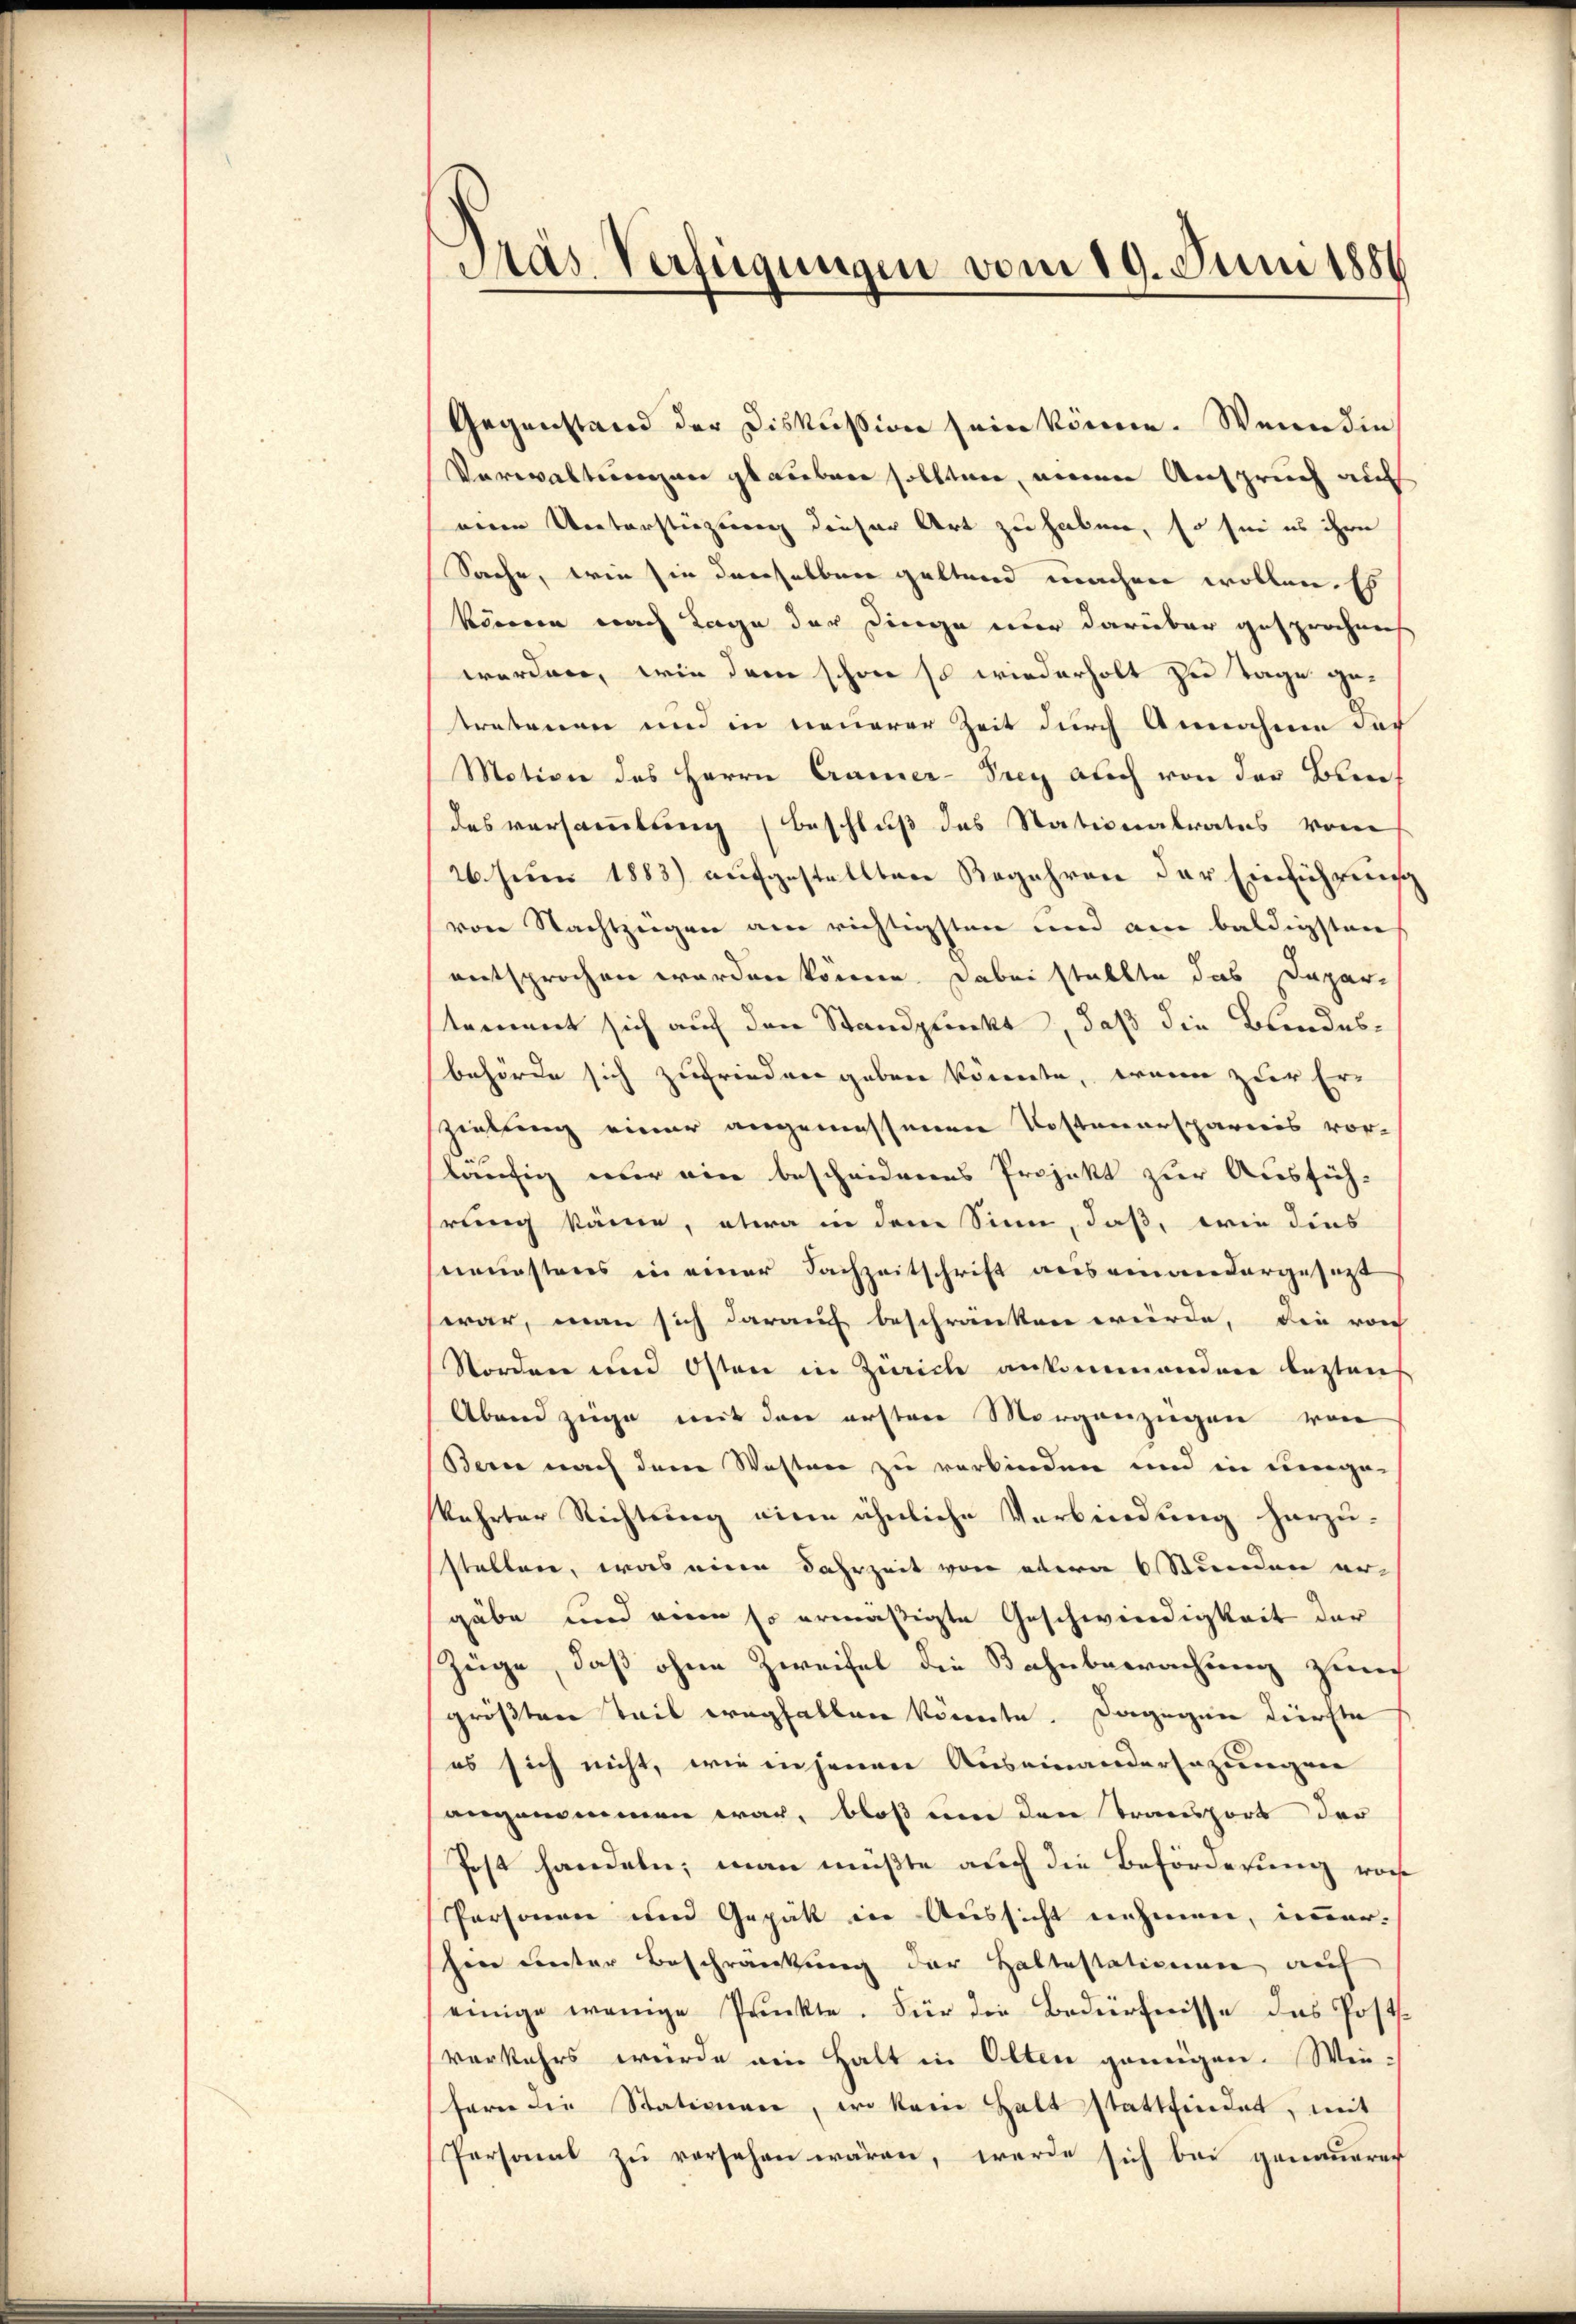
Pas Verfügungen vom 19. Juni 1886

Gegenstand der Diskussion sein könne. Wenn die
Verwaltungen glauben sollten, einen Anspruch auf
eien Unterstieglung dieser Art zu haben, so sei es ihre
Sache, wie sie derselben geltend machen wollen. Es
können nach Lage der Dinge nur darüber gesprochens
werden, wie dem schon so wiederholt zu Tage ge-
tretenen und in neuerer Zeit durch Annahme dar
Motiven des Herrn Camer-Prey auch von der Bundesversammlung (Beschluß des Stationalrates von
26. Juni 1883) aufgestellten Begehren der Einführung
von Nachtzeigen am richtigsten und am baldigsten
entsprochen worden können. Dabei stellte das Dapartement sich auf den Standplückt, daß die Bundes-
behörde sich zufrieden geben könnte, wann zur Er-
zielung einer angemessenen Kostenerspareis vor-
läufig nur ein bescheidenes Projekt zur Ausfüh-
rung käme, etwa in dem Sinn, daß, wie dies
neuestens in einer Sachzeitschrift auseinandergesagt
war, man sich darauf beschränken würde, die von
Norden und Osten in Zürich ankommenden lezten
Abend züge mit den ersten Morgenzügen von
Berne nach dem Wasten zu verbinden und in umge-
kehrter Richtung eine ähnliche Verbindung herzu-
stellen, was eine Jahrzeit von etwa 6 Stunden er-
gäbe und eine so ermäßigte Geschwindigkeit der
Züge, daß ohne Zweifel die Bahnbewachung zum
größten Teil wegfallen könnte. Dagegen derste
es sich nicht, wie in jenen Auseinandersezungen
angenommen war, bloß um den Transport der
Post handeln; man müßte auch die Beförderung vor
Personen und Gepät in Aussicht nehmen, immer-
hin unter Beschränkung der Haltestationen auf
einige wenige Prückte. Für die Bedürfnisse das Posts
verkehrs würde ein Halt in Olten genügen. Wie-
fern die Stationen, wo kein Halt stattfindet, mit
Personat zu versehen wären, werde sich bei genauerec